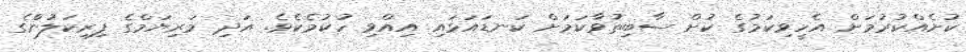
ކުށެއްކުރުމަށް އެހީވިިކަމުގެ ކުށް ސާބިތުވާކަމަށް ކަނޑައަޅައި އިއްވި ހުކުމެކެވެ. އަދި މަރިޔަމްގެ ފިރިކަލުންްގެ